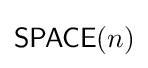
{\mathsf {SPACE}}(n)